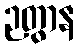
ဉတွာန